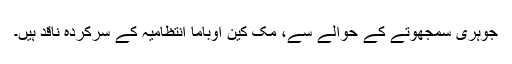
جوہری سمجھوتے کے حوالے سے، مک کین اوباما انتظامیہ کے سرکردہ ناقد ہیں۔